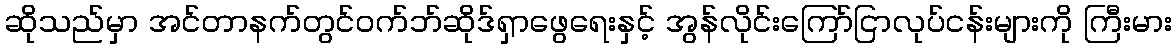
ဆိုသည်မှာ အင်တာနက်တွင်ဝက်ဘ်ဆိုဒ်ရှာဖွေရေးနှင့် အွန်လိုင်းကြော်ငြာလုပ်ငန်းများကို ကြီးမား